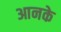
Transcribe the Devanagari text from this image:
आनके